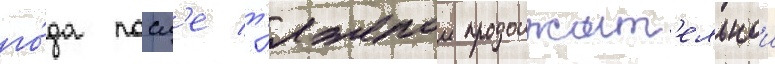
го́да посл'е т'яжелои продолжит'ельнои